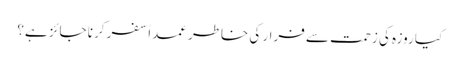
کیا روزہ کی زحمت سے فرار کی خاطر عمداً سفر کرنا جائز ہے؟